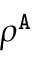
\rho ^ { \tt A }